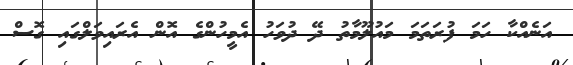
އަނެއްކާ ހަމަ ފުރަތަމަ މައުލޫމާތު ދޭ ދުވަހު އެމީހުންގެ އޮން އެރައިވަލްގައި ގޮސް